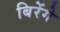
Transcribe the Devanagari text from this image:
बिरेंगे